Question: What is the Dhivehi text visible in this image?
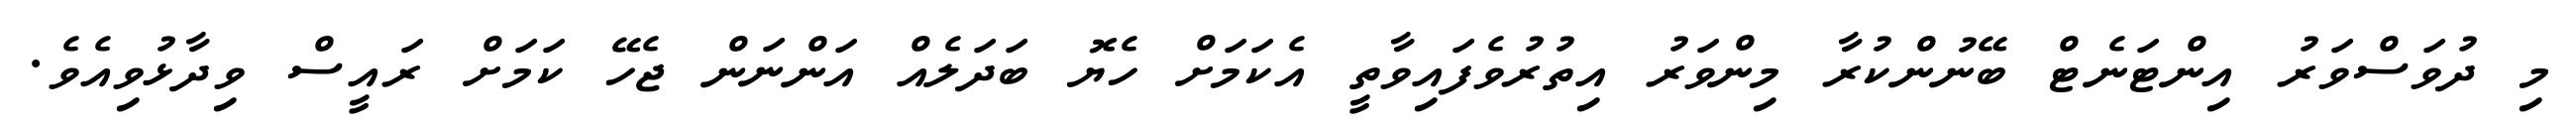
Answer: މި ދުވަސްވަރު އިންޓަނެޓް ބޭނުންކުރާ މިންވަރު އިތުރުވެފައިވާތީ އެކަމަށް ހެޔޮ ބަދަލެއް އަންނަން ޖެހޭ ކަމަށް ރައީސް ވިދާޅުވިއެވެ.